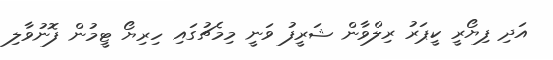
އަދި ފިޔޯރީ ކީޕަރު ރިލްވާން ޝަރީފު ވަނީ މިމެޗުގައި ހިރިޔޯ ޓީމުން ފޮނުވާލި